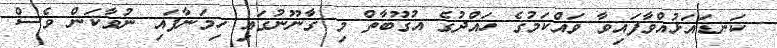
ކަނޑައަޅުއްވާފައިވާ ވައްކަމުގެ ހައްދުގެ އުގޫބާތް މި ގާނޫނުގައި ހިމަނާފައި ނުވާކަން ވެސް